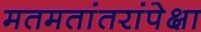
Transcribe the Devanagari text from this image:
मतमतांतरांपेक्षा